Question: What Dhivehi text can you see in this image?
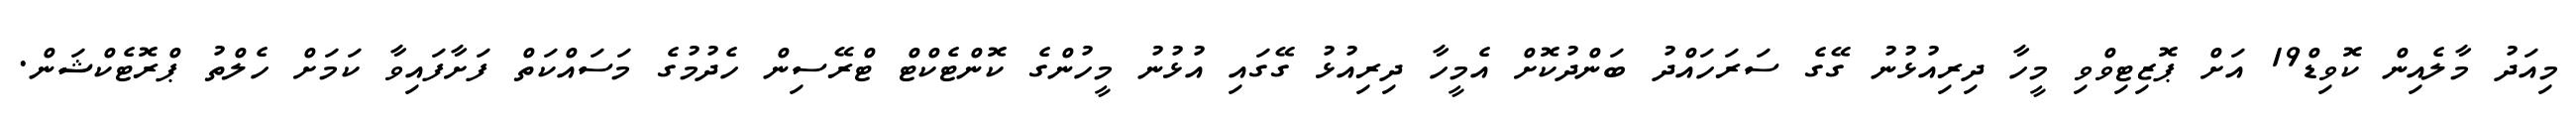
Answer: މިއަދު މާލެއިން ކޮވިޑް19 އަށް ޕޮޒިޓިވްވި މީހާ ދިރިއުޅުނު ގޭގެ ސަރަހައްދު ބަންދުކޮށް އެމީހާ ދިރިއުޅު ގޭގައި އުޅުނު މީހުންގެ ކޮންޓެކްޓް ޓްރޭސިން ހެދުމުގެ މަސައްކަތް ފަށާފައިވާ ކަމަށް ހެލްތު ޕްރޮޓެކްޝަން.